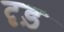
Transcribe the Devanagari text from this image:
दृड़